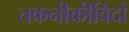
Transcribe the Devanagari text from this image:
तकनीकीविदों